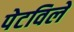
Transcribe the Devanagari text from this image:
पेटविले